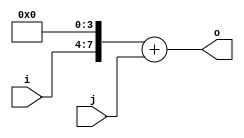
module opt_expr_add_signed_test(input signed [3:0] i, input signed [7:0] j, output signed [8:0] o);
    assign o = (i << 4) + j;
endmodule